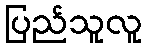
ပြည်သူလူ